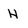
Character: H